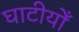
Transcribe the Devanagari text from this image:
घाटीयोँ